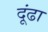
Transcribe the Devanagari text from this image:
दूंढा